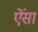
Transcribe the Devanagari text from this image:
ऐंसा